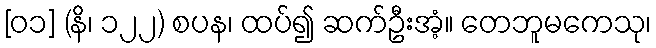
[၀၁] (နိ၊ ၁၂၂) စပန၊ ထပ်၍ ဆက်ဦးအံ့။ တေဘူမကေသု၊